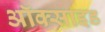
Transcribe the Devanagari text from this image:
अॉक्साइड